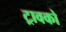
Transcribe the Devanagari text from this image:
ट्रावको